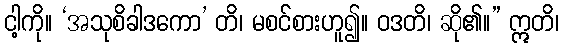
ငါ့ကို။ ‘အသုစိခါဒကော’ တိ၊ မစင်စားဟူ၍။ ဝဒတိ၊ ဆို၏။” ဣတိ၊